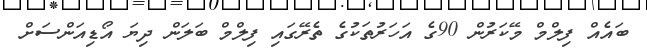
ބައެއް ފިލްމް މޭކަރުން 90ގެ އަހަރުތަކުގެ ތެރޭގައި ފިލްމް ބަލަން ދިޔަ އޯޑިއަންސަށް